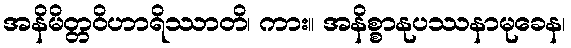
အနိမိတ္တဝိဟာရိဿာတိ၊ ကား။ အနိစ္စာနုပဿနာမုခေန၊